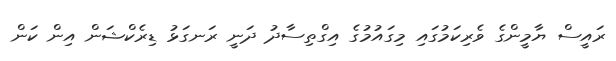
ރައީސް ޔާމީންގެ ވެރިކަމުގައި މިގައުމުގެ އިގްތިސާދު ދަނީ ރަނގަޅު ޑިރެކްޝަން އިން ކަން